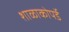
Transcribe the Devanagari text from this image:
शाळाकोपर्डे